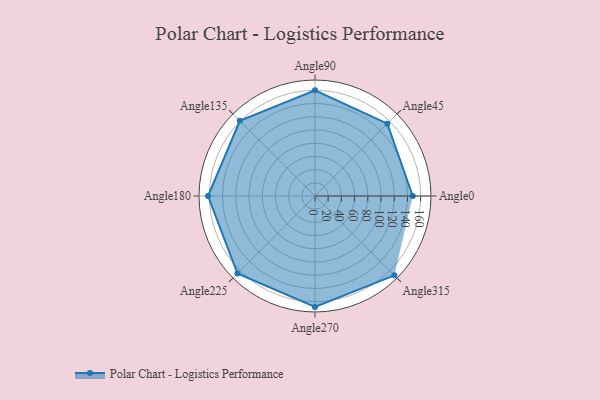
{"axis": {"x": "Angle", "y": "Radius"}, "legend": [""], "data": [{"x": "Angle0", "y": 148.0, "type": ""}, {"x": "Angle45", "y": 155.0, "type": ""}, {"x": "Angle90", "y": 160.0, "type": ""}, {"x": "Angle135", "y": 161.0, "type": ""}, {"x": "Angle180", "y": 162.0, "type": ""}, {"x": "Angle225", "y": 166.0, "type": ""}, {"x": "Angle270", "y": 168.0, "type": ""}, {"x": "Angle315", "y": 170, "type": ""}]}